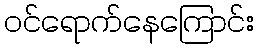
ဝင်ရောက်နေကြောင်း